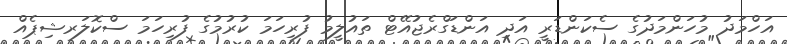
އަހްމަދު މުހަންމަދުގެ ސެކަންޑަރީ އަދި އަންޑަގްރެޖުއޭޓް ތައުލީމު ފުރިހަމަ ކުރުމުގެ ފުރިހަމަ ސްކޮލަރޝިޕެއް